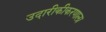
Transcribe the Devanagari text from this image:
उदारीकीकरणाला